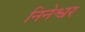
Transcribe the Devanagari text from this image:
निनेश्वर